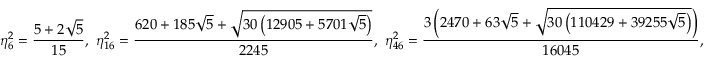
\eta _ { 6 } ^ { 2 } = \frac { 5 + 2 \sqrt 5 } { 1 5 } , \ \eta _ { 1 6 } ^ { 2 } = \frac { 6 2 0 + 1 8 5 \sqrt { 5 } + \sqrt { 3 0 \left( 1 2 9 0 5 + 5 7 0 1 \sqrt { 5 } \right) } } { 2 2 4 5 } , \ \eta _ { 4 6 } ^ { 2 } = \frac { 3 \left( 2 4 7 0 + 6 3 \sqrt { 5 } + \sqrt { 3 0 \left( 1 1 0 4 2 9 + 3 9 2 5 5 \sqrt { 5 } \right) } \right) } { 1 6 0 4 5 } ,